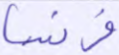
فرنسا